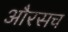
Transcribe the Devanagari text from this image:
औरसच